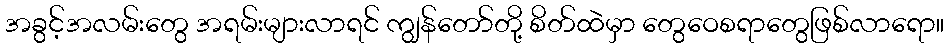
အခွင့်အလမ်းတွေ အရမ်းများလာရင် ကျွန်တော်တို့ စိတ်ထဲမှာ တွေဝေစရာတွေဖြစ်လာရော။